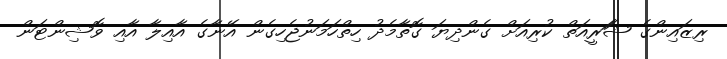
ރިޒައިންގެ ޝަަަރީއަތް ކުރިއަށް ގެންދިޔަ ގޮތާމެދު ހިތްހަމަނުޖެހިގެން އޭނާގެ އާއިލާ އާއި ވޮޝިންޓަން